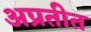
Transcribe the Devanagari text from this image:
अप्रतीत